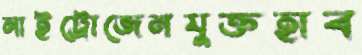
নাইট্রোজেনযুক্তহাব